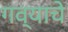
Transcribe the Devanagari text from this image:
गव्याचे